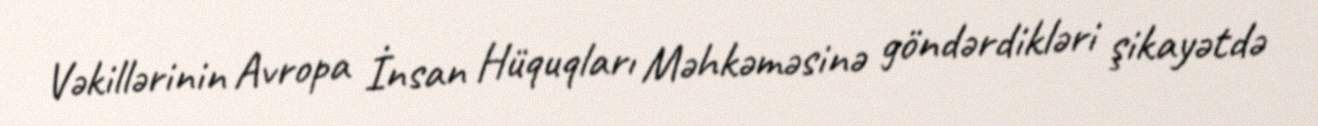
Vəkillərinin Avropa İnsan Hüquqları Məhkəməsinə göndərdikləri şikayətdə